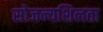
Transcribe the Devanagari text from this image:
सोजन्यशिलता